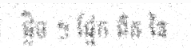
ផ្លិច ។ ផ្នែក ពិត នៃ